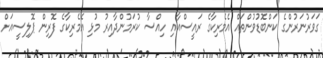
ގަވަރުނަރުންގެ ކަންބޮޑުވުންތައް އެމެރިކާގެ ރައީސްއާއި ހިއްސާ ކުރަމުންދާއިރު މުޅި އެމެރިކާގެ ފޮރިން ޕޮލިސީއަށް